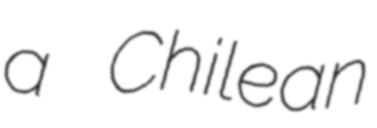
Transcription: a Chilean